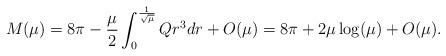
LaTeX: \begin{align*}M(\mu)&=8\pi-\frac{\mu}{2}\int_0^{\frac{1}{\sqrt{\mu}}}Qr^3dr+O(\mu)=8\pi+2\mu\log(\mu)+O(\mu).\end{align*}